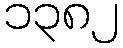
၁၃၈၂